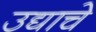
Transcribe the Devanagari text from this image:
उद्याचे